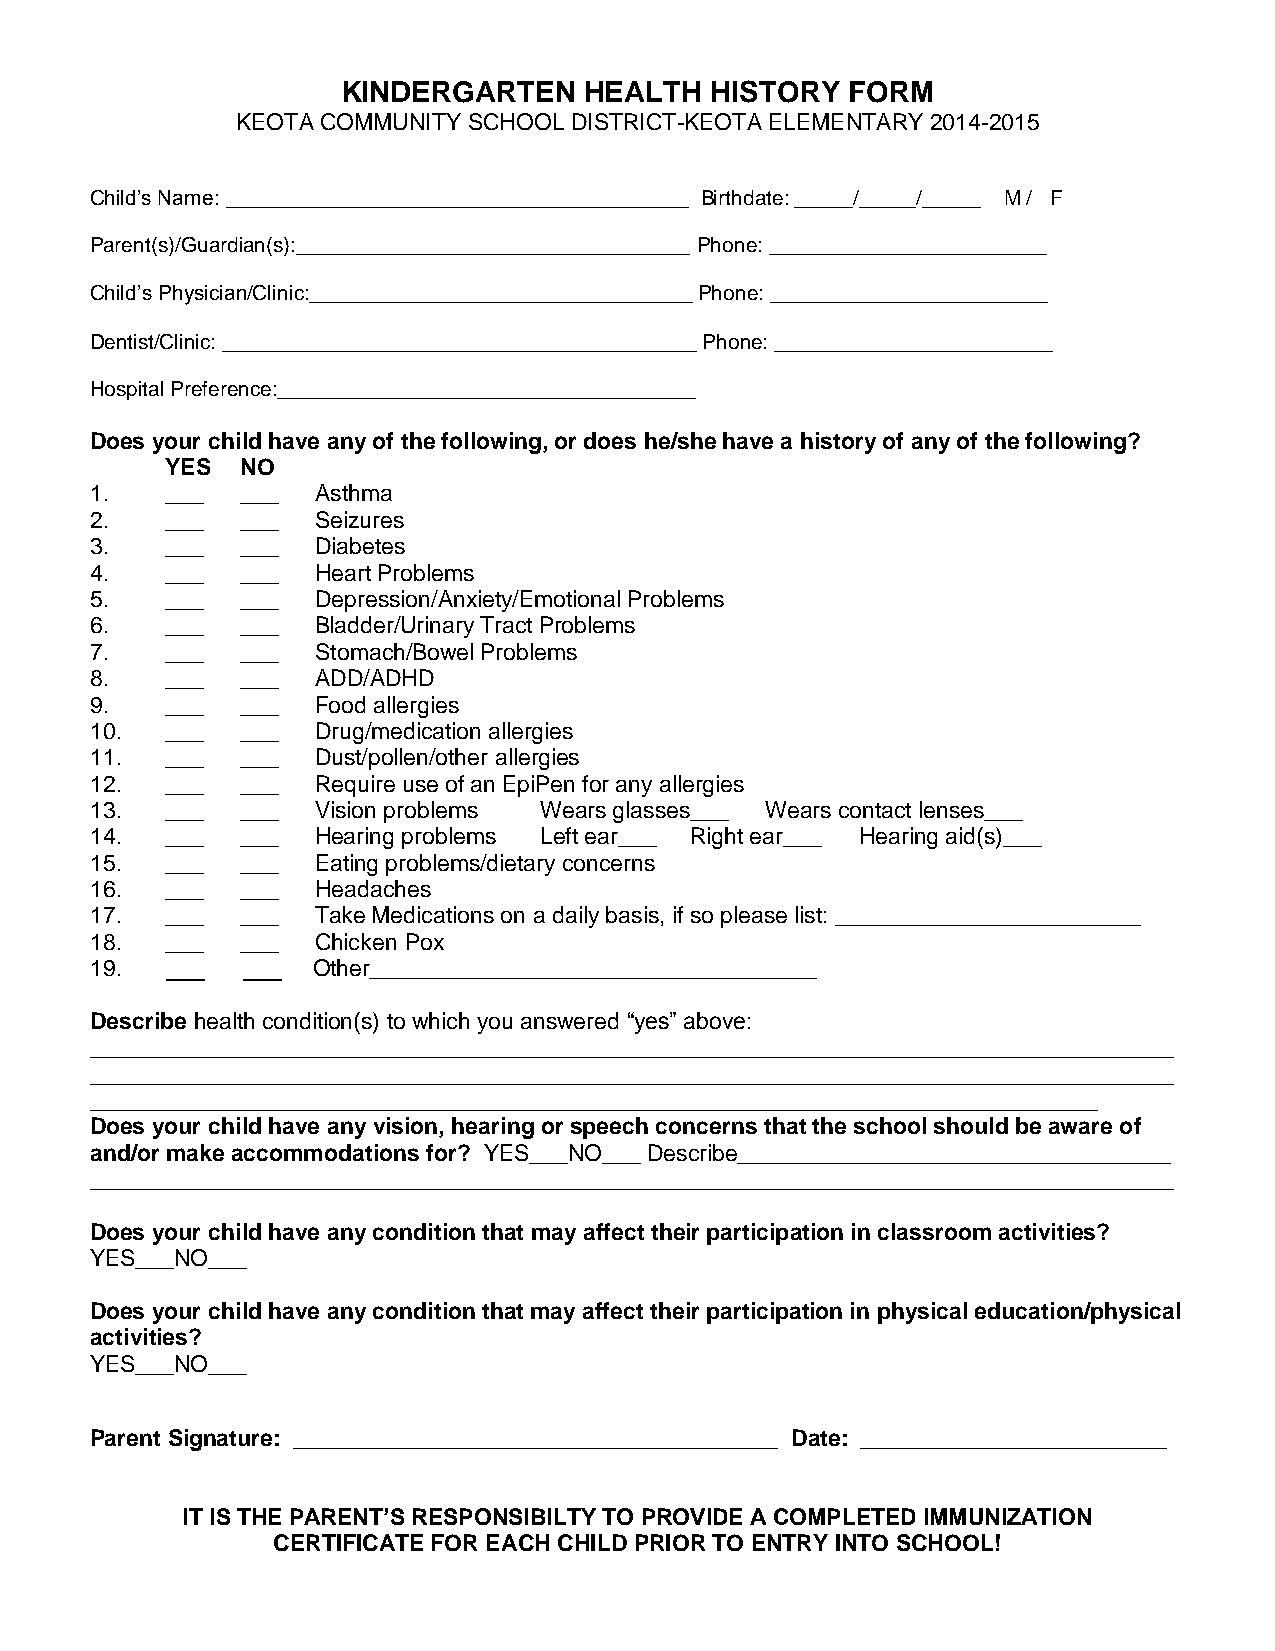
KINDERGARTEN    HEALTH  HISTORY  FORM
 KEOTA COMMUNITY SCHOOL DISTRICT-KEOTA ELEMENTARY 2014-2015
 Child’s Name: ________________________________________ Birthdate: _____/_____/_____ M / F
 Parent(s)/Guardian(s):__________________________________ Phone: ________________________
 Child’s Physician/Clinic:_________________________________ Phone: ________________________
 Dentist/Clinic: _________________________________________ Phone: ________________________
 Hospital Preference:____________________________________
 Does your child have any of the following, or does he/she have a history of any of the following?
 YES  NO
 1.   ___  ___  Asthma
 2.   ___  ___  Seizures
 3.   ___  ___  Diabetes
 4.   ___  ___  Heart Problems
 5.   ___  ___  Depression/Anxiety/Emotional Problems
 6.   ___  ___  Bladder/Urinary Tract Problems
 7.   ___  ___  Stomach/Bowel Problems
 8.   ___  ___  ADD/ADHD
 9.   ___  ___  Food allergies
 10.  ___  ___  Drug/medication allergies
 11.  ___  ___  Dust/pollen/other allergies
 12.  ___  ___  Require use of an EpiPen for any allergies
 13.  ___  ___  Vision problems Wears glasses___ Wears contact lenses___
 14.  ___  ___  Hearing problems Left ear___ Right ear___ Hearing aid(s)___
 15.  ___  ___  Eating problems/dietary concerns
 16.  ___  ___  Headaches
 17.  ___  ___  Take Medications on a daily basis, if so please list: ________________________
 18.  ___  ___  Chicken Pox
 19.            Other___________________________________
 Describe health condition(s) to which you answered “yes” above:
 _____________________________________________________________________________________
 _____________________________________________________________________________________
 _______________________________________________________________________________
 Does your child have any vision, hearing or speech concerns that the school should be aware of
 and/or make accommodations for? YES___NO___ Describe__________________________________
 _____________________________________________________________________________________
 Does your child have any condition that may affect their participation in classroom activities?
 YES___NO___
 Does your child have any condition that may affect their participation in physical education/physical
 activities?
 YES___NO___
 Parent Signature: ______________________________________ Date: ________________________
 IT IS THE PARENT’S RESPONSIBILTY TO PROVIDE A COMPLETED IMMUNIZATION
 CERTIFICATE FOR EACH CHILD PRIOR TO ENTRY INTO SCHOOL!